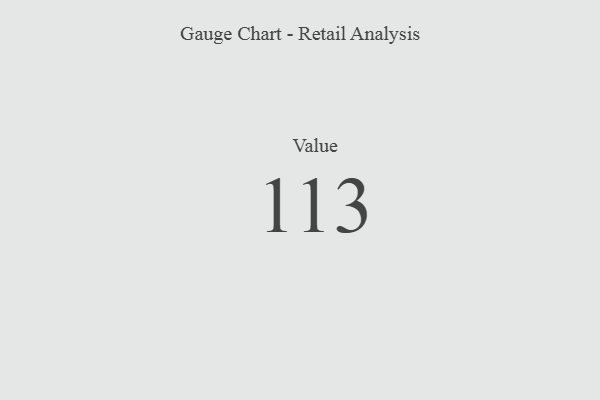
{"axis": {"x": "Metric", "y": "Value"}, "legend": [""], "data": [{"x": "Value", "y": 113, "type": ""}]}